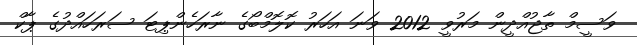
ވަސީމް ތާޖުއްދީން މަރުވީ 2012 ވަނަ އަހަރު ކޮލޮމްބޯގެ ނާރަހެންޕިޓަ ސަރަހައްދުގެ ޕާކް